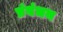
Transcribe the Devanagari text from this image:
प्रंबंधन